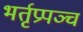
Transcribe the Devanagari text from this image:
भर्तृप्रपञ्च